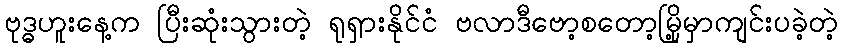
ဗုဒ္ဓဟူးနေ့က ပြီးဆုံးသွားတဲ့ ရုရှားနိုင်ငံ ဗလာဒီဗော့စတော့မြို့မှာကျင်းပခဲ့တဲ့